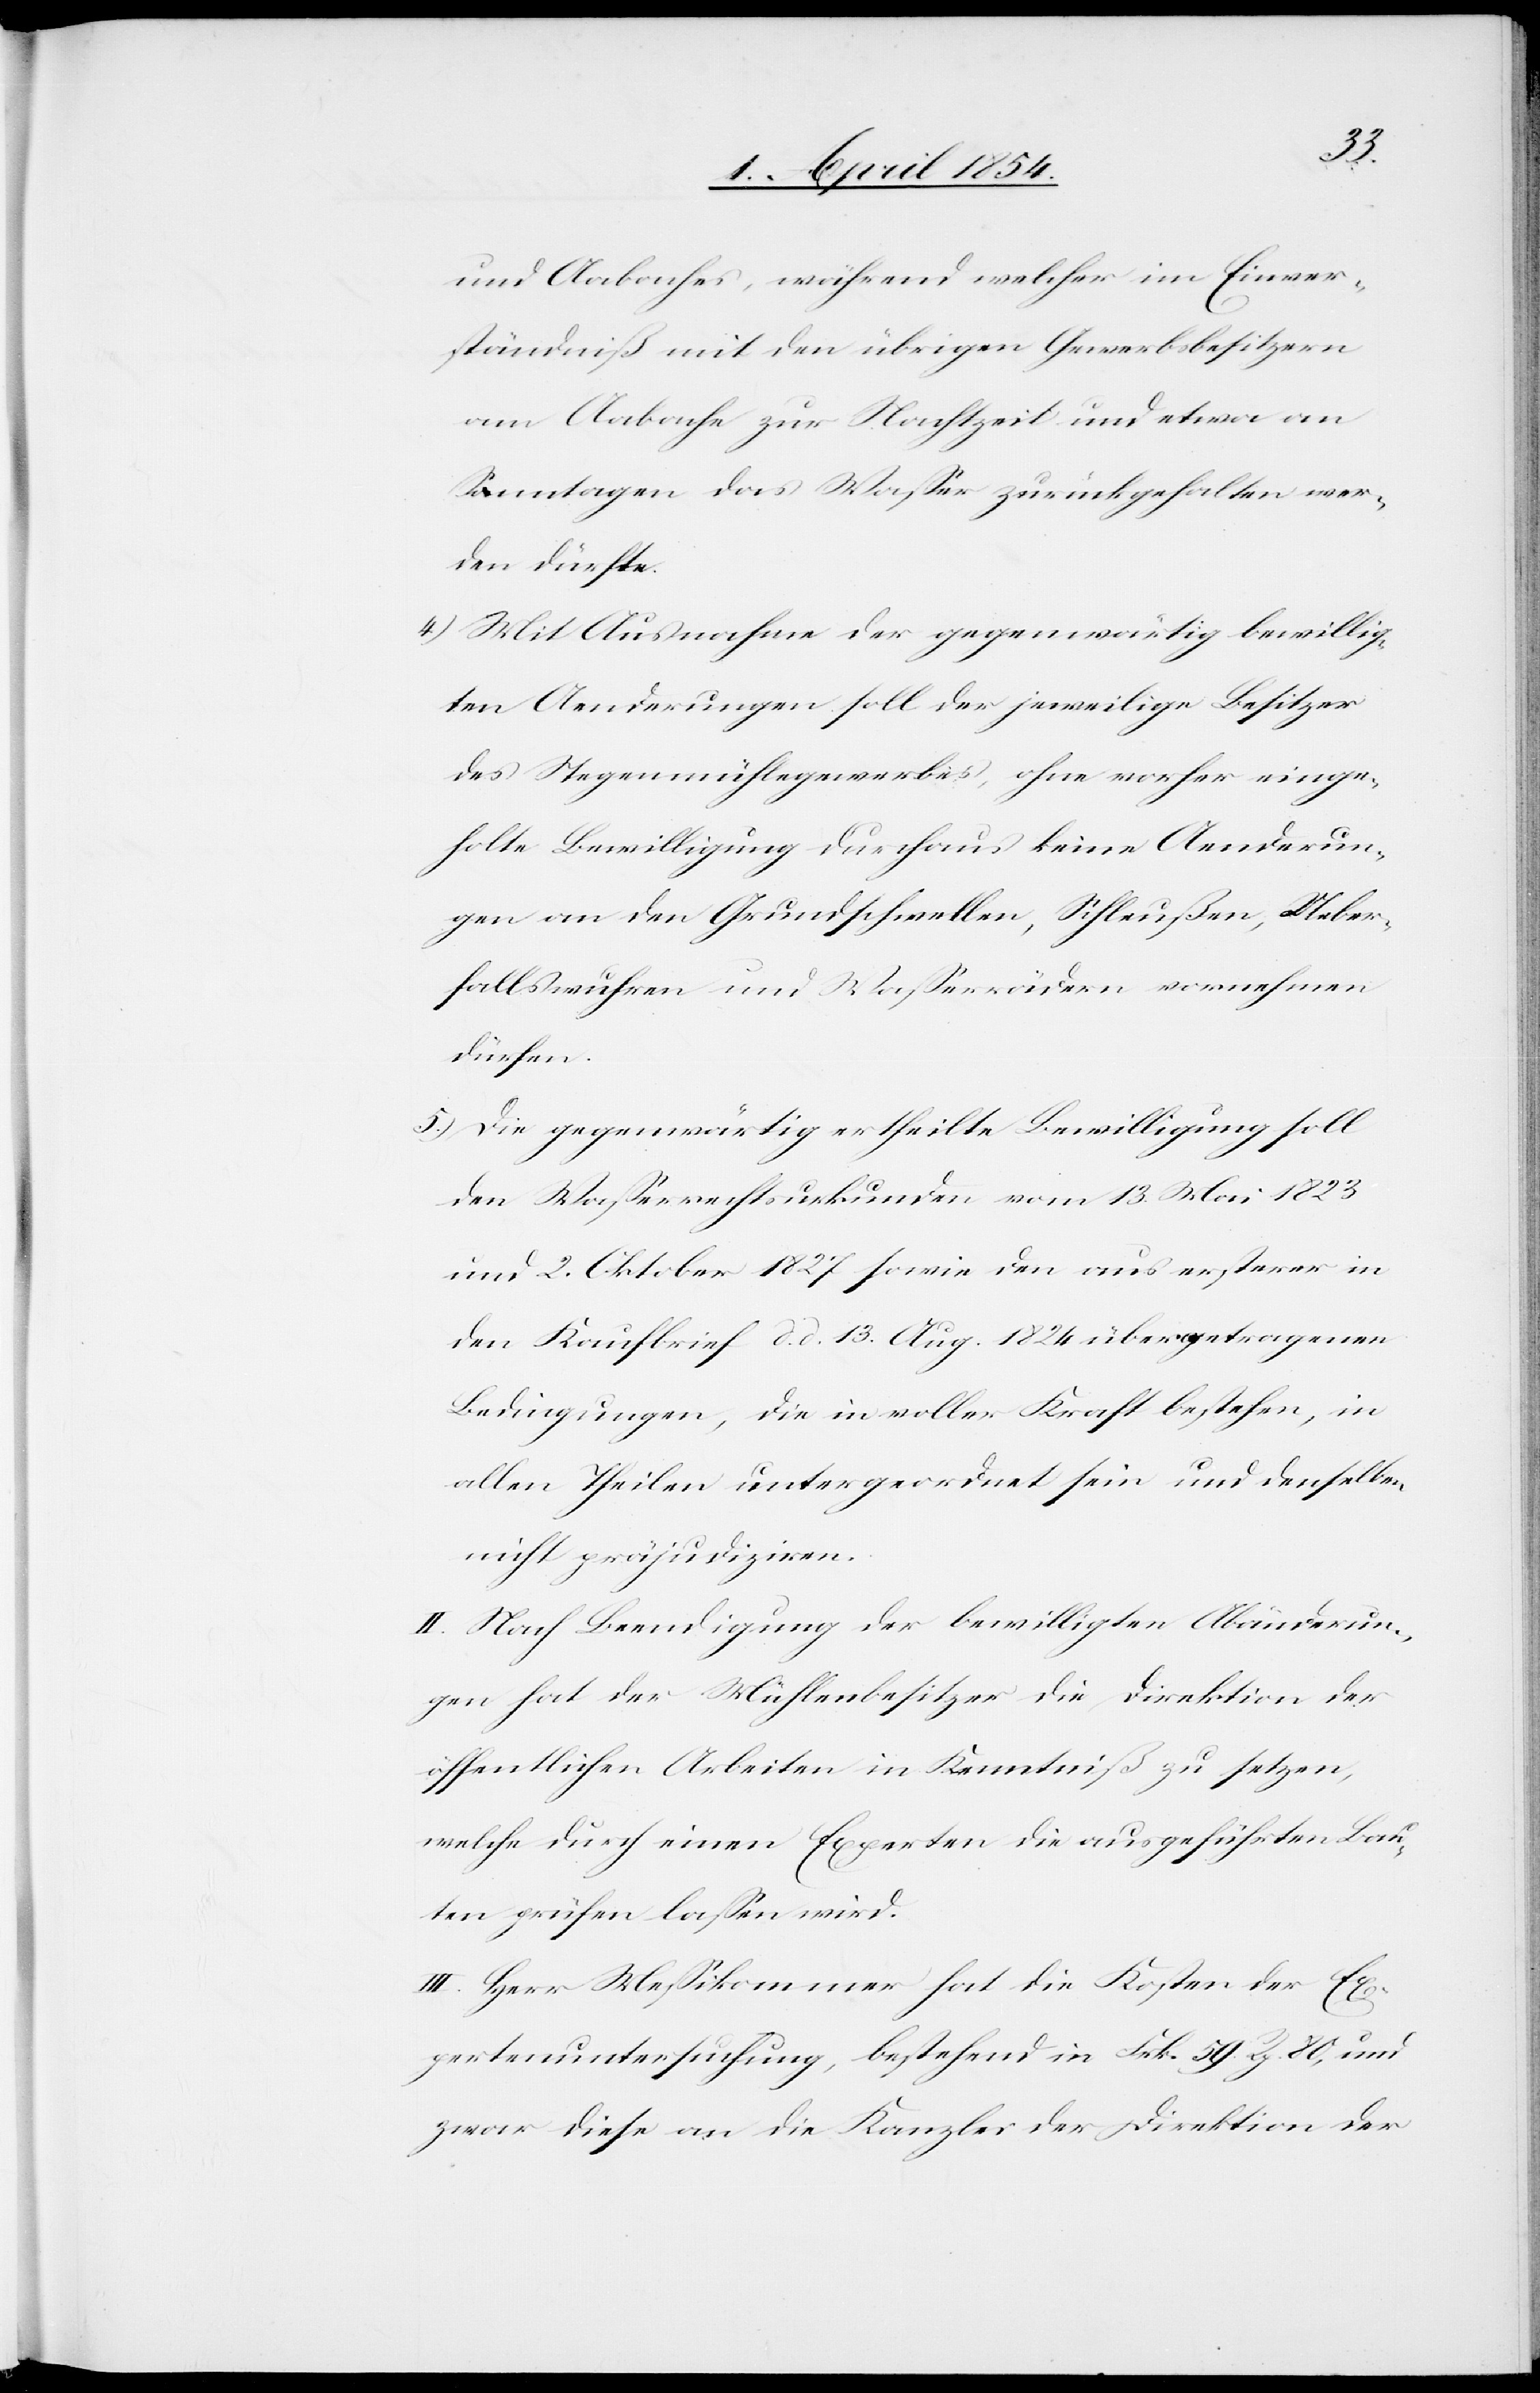
Aabaches, während welcher im Einver¬
ständniß mit den übrigen Gewerbsbesitzern
am Aabache zur Nachtzeit und etwa an
Sonntagen das Waßer zurückgehalten wer¬
den dürfte.
4.) Mit Ausnahme der gegenwärtig bewillig¬
ten Aenderungen soll der jeweilige Besitzer
des Stegenmühlegewerbes, ohne vorher einge¬
holte Bewilligung durchaus keine Aenderun¬
gen an den Grundschwellen, Schleußen, Ueber¬
fallswuhren und Waßerrädern vornehmen
dürfen.
5.) Die gegenwärtig ertheilte Bewilligung soll
den Waßerrechtsurkunden vom 13. Mai 1823
und 2. Oktober 1827 sowie den aus ersterer in
den Kaufbrief d. d. 13. Aug. 1824 übergetragenen
Bedingungen, die in voller Kraft bestehen, in
allen Theilen untergeordnet sein und denselben
nicht präjudiziren.
II. Nach Beendigung der bewilligten Abänderun¬
gen hat der Mühlenbesitzer die Direktion der
öffentlichen Arbeiten in Kenntniß zu setzen,
welche durch einen Experten die ausgeführten Bau¬
ten prüfen laßen wird.
III. Herr Meßikommer hat die Kosten der Ex¬
pertenuntersuchung, bestehend in Frk. 59. Rp. 80, und
zwar diese an die Kanzlei der Direktion der